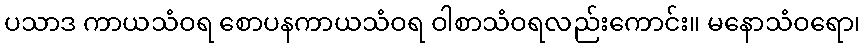
ပသာဒ ကာယသံဝရ စောပနကာယသံဝရ ဝါစာသံဝရလည်းကောင်း။ မနောသံဝရော၊